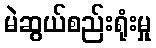
မဲဆွယ်စည်းရုံးမှု